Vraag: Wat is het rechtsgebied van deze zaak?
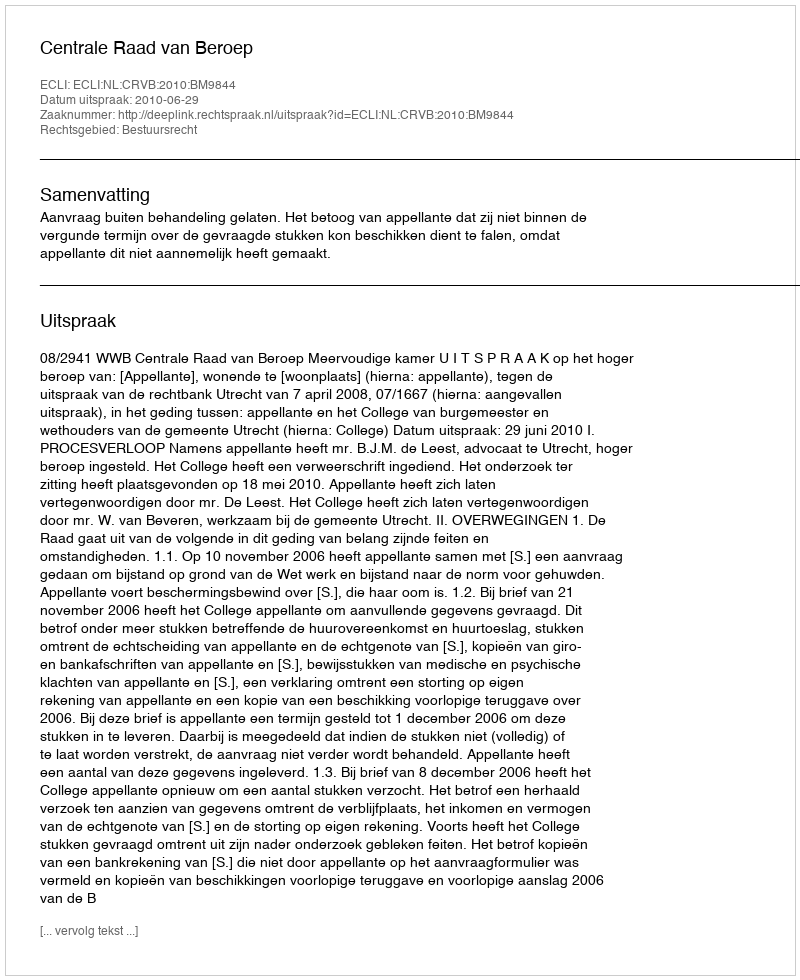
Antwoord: Bestuursrecht